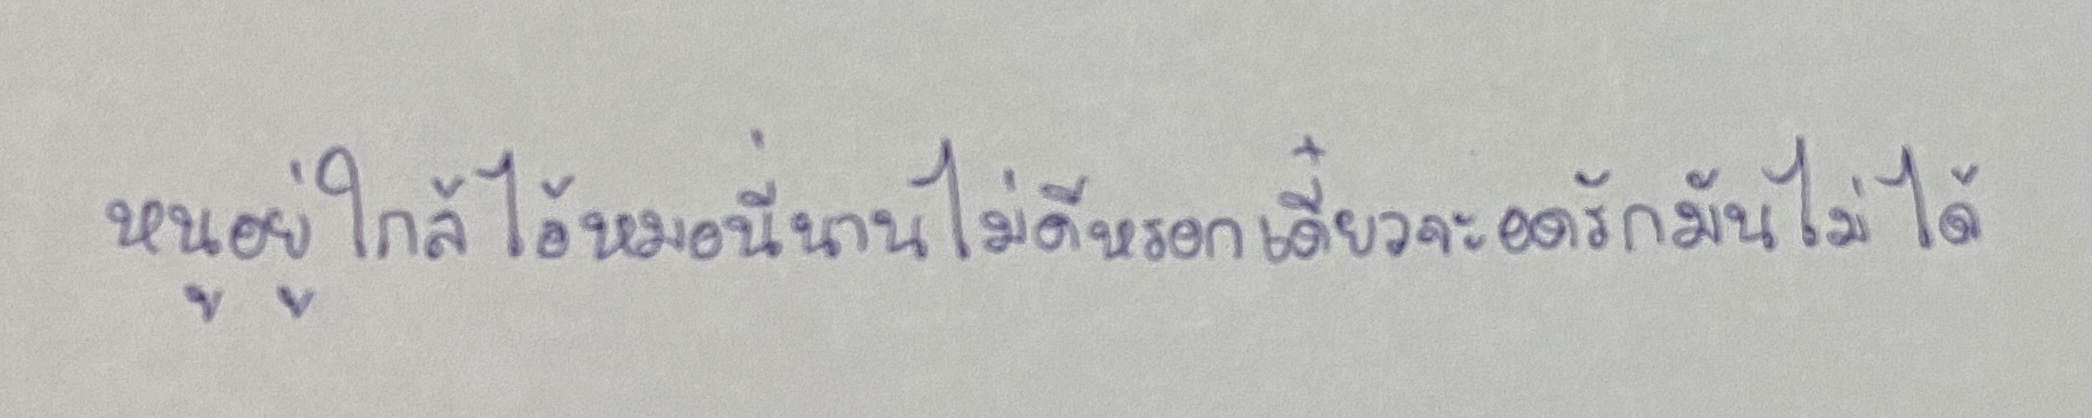
หนูอยู่ใกล้ไอ้หมอนี่นานไม่ดีหรอกเดี๋ยวจะอดรักมันไม่ได้